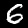
Digit: 6